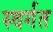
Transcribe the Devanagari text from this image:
स्वर्गत